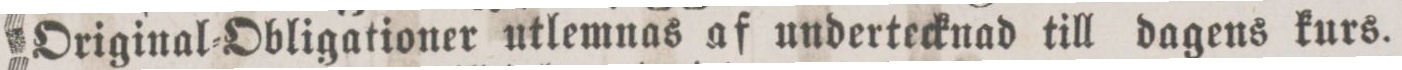
Original-Obligationer utlemnas af undertecknad till dagens kurs.